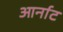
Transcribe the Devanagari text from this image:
आर्नाट